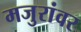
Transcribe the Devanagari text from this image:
मजुरांवर